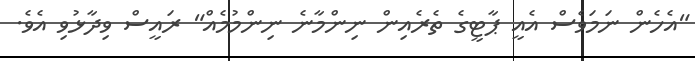
"އެހެން ނަމަވެސް އެއީ ޕާޓީގެ ތެރެއިން ނިންމާނެ ނިންމުމެއް" ރައީސް ވިދާޅުވި އެވެ.